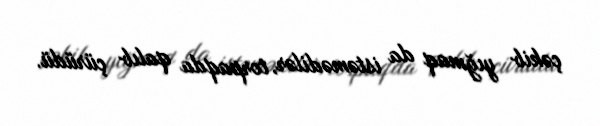
çəkib yığmaq da istəmədilər, torpaqda qalıb çürüdü.